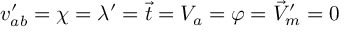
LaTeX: v _ { a b } ^ { \prime } = \chi = \lambda ^ { \prime } = \vec { t } = V _ { a } = \varphi = \vec { V } _ { m } ^ { \prime } = 0